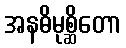
အနဓိမုစ္ဆိတော